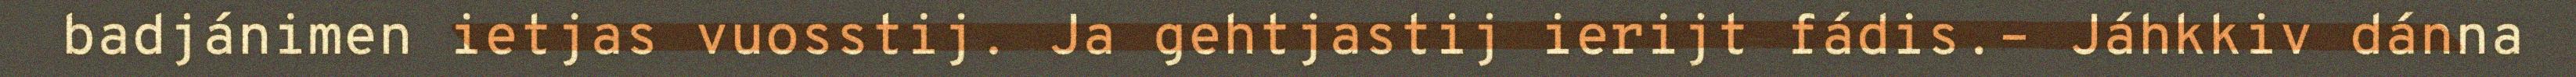
badjánimen ietjas vuosstij. Ja gehtjastij ierijt fádis.– Jáhkkiv dánna